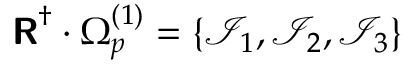
\boldsymbol { \mathsf { R } } ^ { \dagger } \cdot \boldsymbol { \Omega } _ { p } ^ { ( 1 ) } = \left\{ \mathcal { I } _ { 1 } , \mathcal { I } _ { 2 } , \mathcal { I } _ { 3 } \right\}